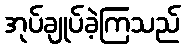
အုပ်ချုပ်ခဲ့ကြသည်